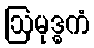
ဩမုဒ္ဓကံ